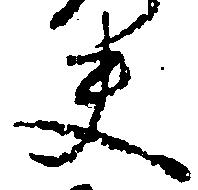
夫